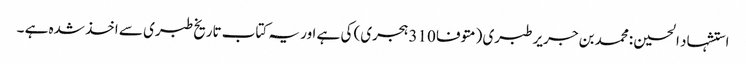
استشہاد الحسین :محمد بن جریر طبری (متوفا 310 ہجری) کی ہے اور یہ کتاب تاریخ طبری سے اخذ شدہ ہے ۔